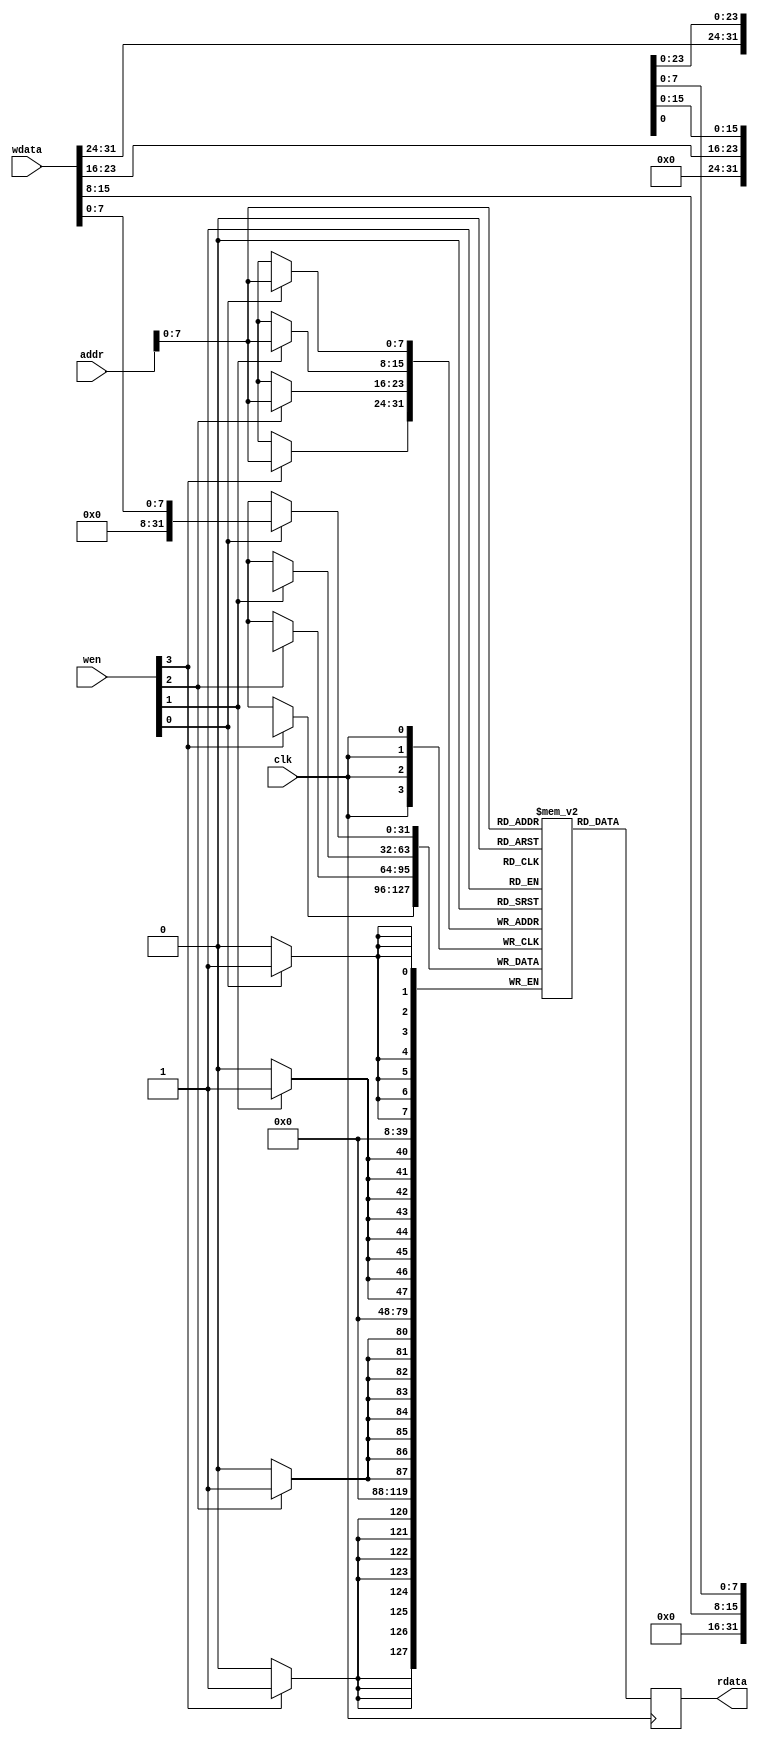
module picosoc_mem #(
	parameter integer WORDS = 256
) (
	input clk,
	input [3:0] wen,
	input [21:0] addr,
	input [31:0] wdata,
	output reg [31:0] rdata
);
	reg [31:0] mem [0:WORDS-1];

	always @(posedge clk) begin
		rdata <= mem[addr];
		if (wen[0]) mem[addr][ 7: 0] <= wdata[ 7: 0];
		if (wen[1]) mem[addr][15: 8] <= wdata[15: 8];
		if (wen[2]) mem[addr][23:16] <= wdata[23:16];
		if (wen[3]) mem[addr][31:24] <= wdata[31:24];
	end
endmodule